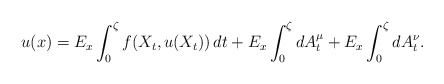
\begin{align*} u(x)=E_{x}\int_{0}^{\zeta}f(X_{t}, u(X_{t}))\,dt+E_{x}\int_{0}^{\zeta}dA_{t}^{\mu}+E_{x}\int_{0}^{\zeta}dA_{t}^{\nu}.\end{align*}